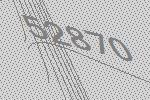
52870